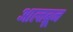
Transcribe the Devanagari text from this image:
आल्तब्रून